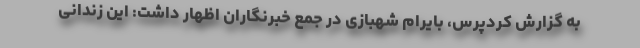
به گزارش کردپرس، بایرام شهبازی در جمع خبرنگاران اظهار داشت: این زندانی